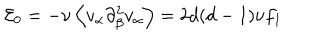
{ \cal E } _ { 0 } = - \nu \left\langle v _ { \alpha } \partial _ { \beta } ^ { 2 } v _ { \alpha } \right\rangle = 2 d ( d - 1 ) \nu f _ { 1 }